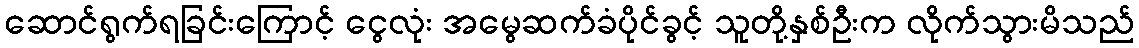
ဆောင်ရွက်ရခြင်းကြောင့် ငွေလုံး အမွေဆက်ခံပိုင်ခွင့် သူတို့နှစ်ဦးက လိုက်သွားမိသည်